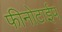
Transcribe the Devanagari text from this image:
फीनोटाईप